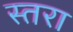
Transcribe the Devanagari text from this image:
स्तरा